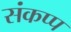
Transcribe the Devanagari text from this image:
संकप्प